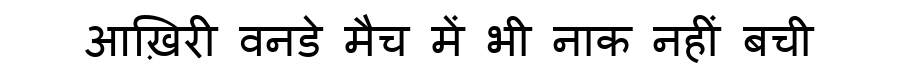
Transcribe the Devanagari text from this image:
आख़िरी वनडे मैच में भी नाक नहीं बची